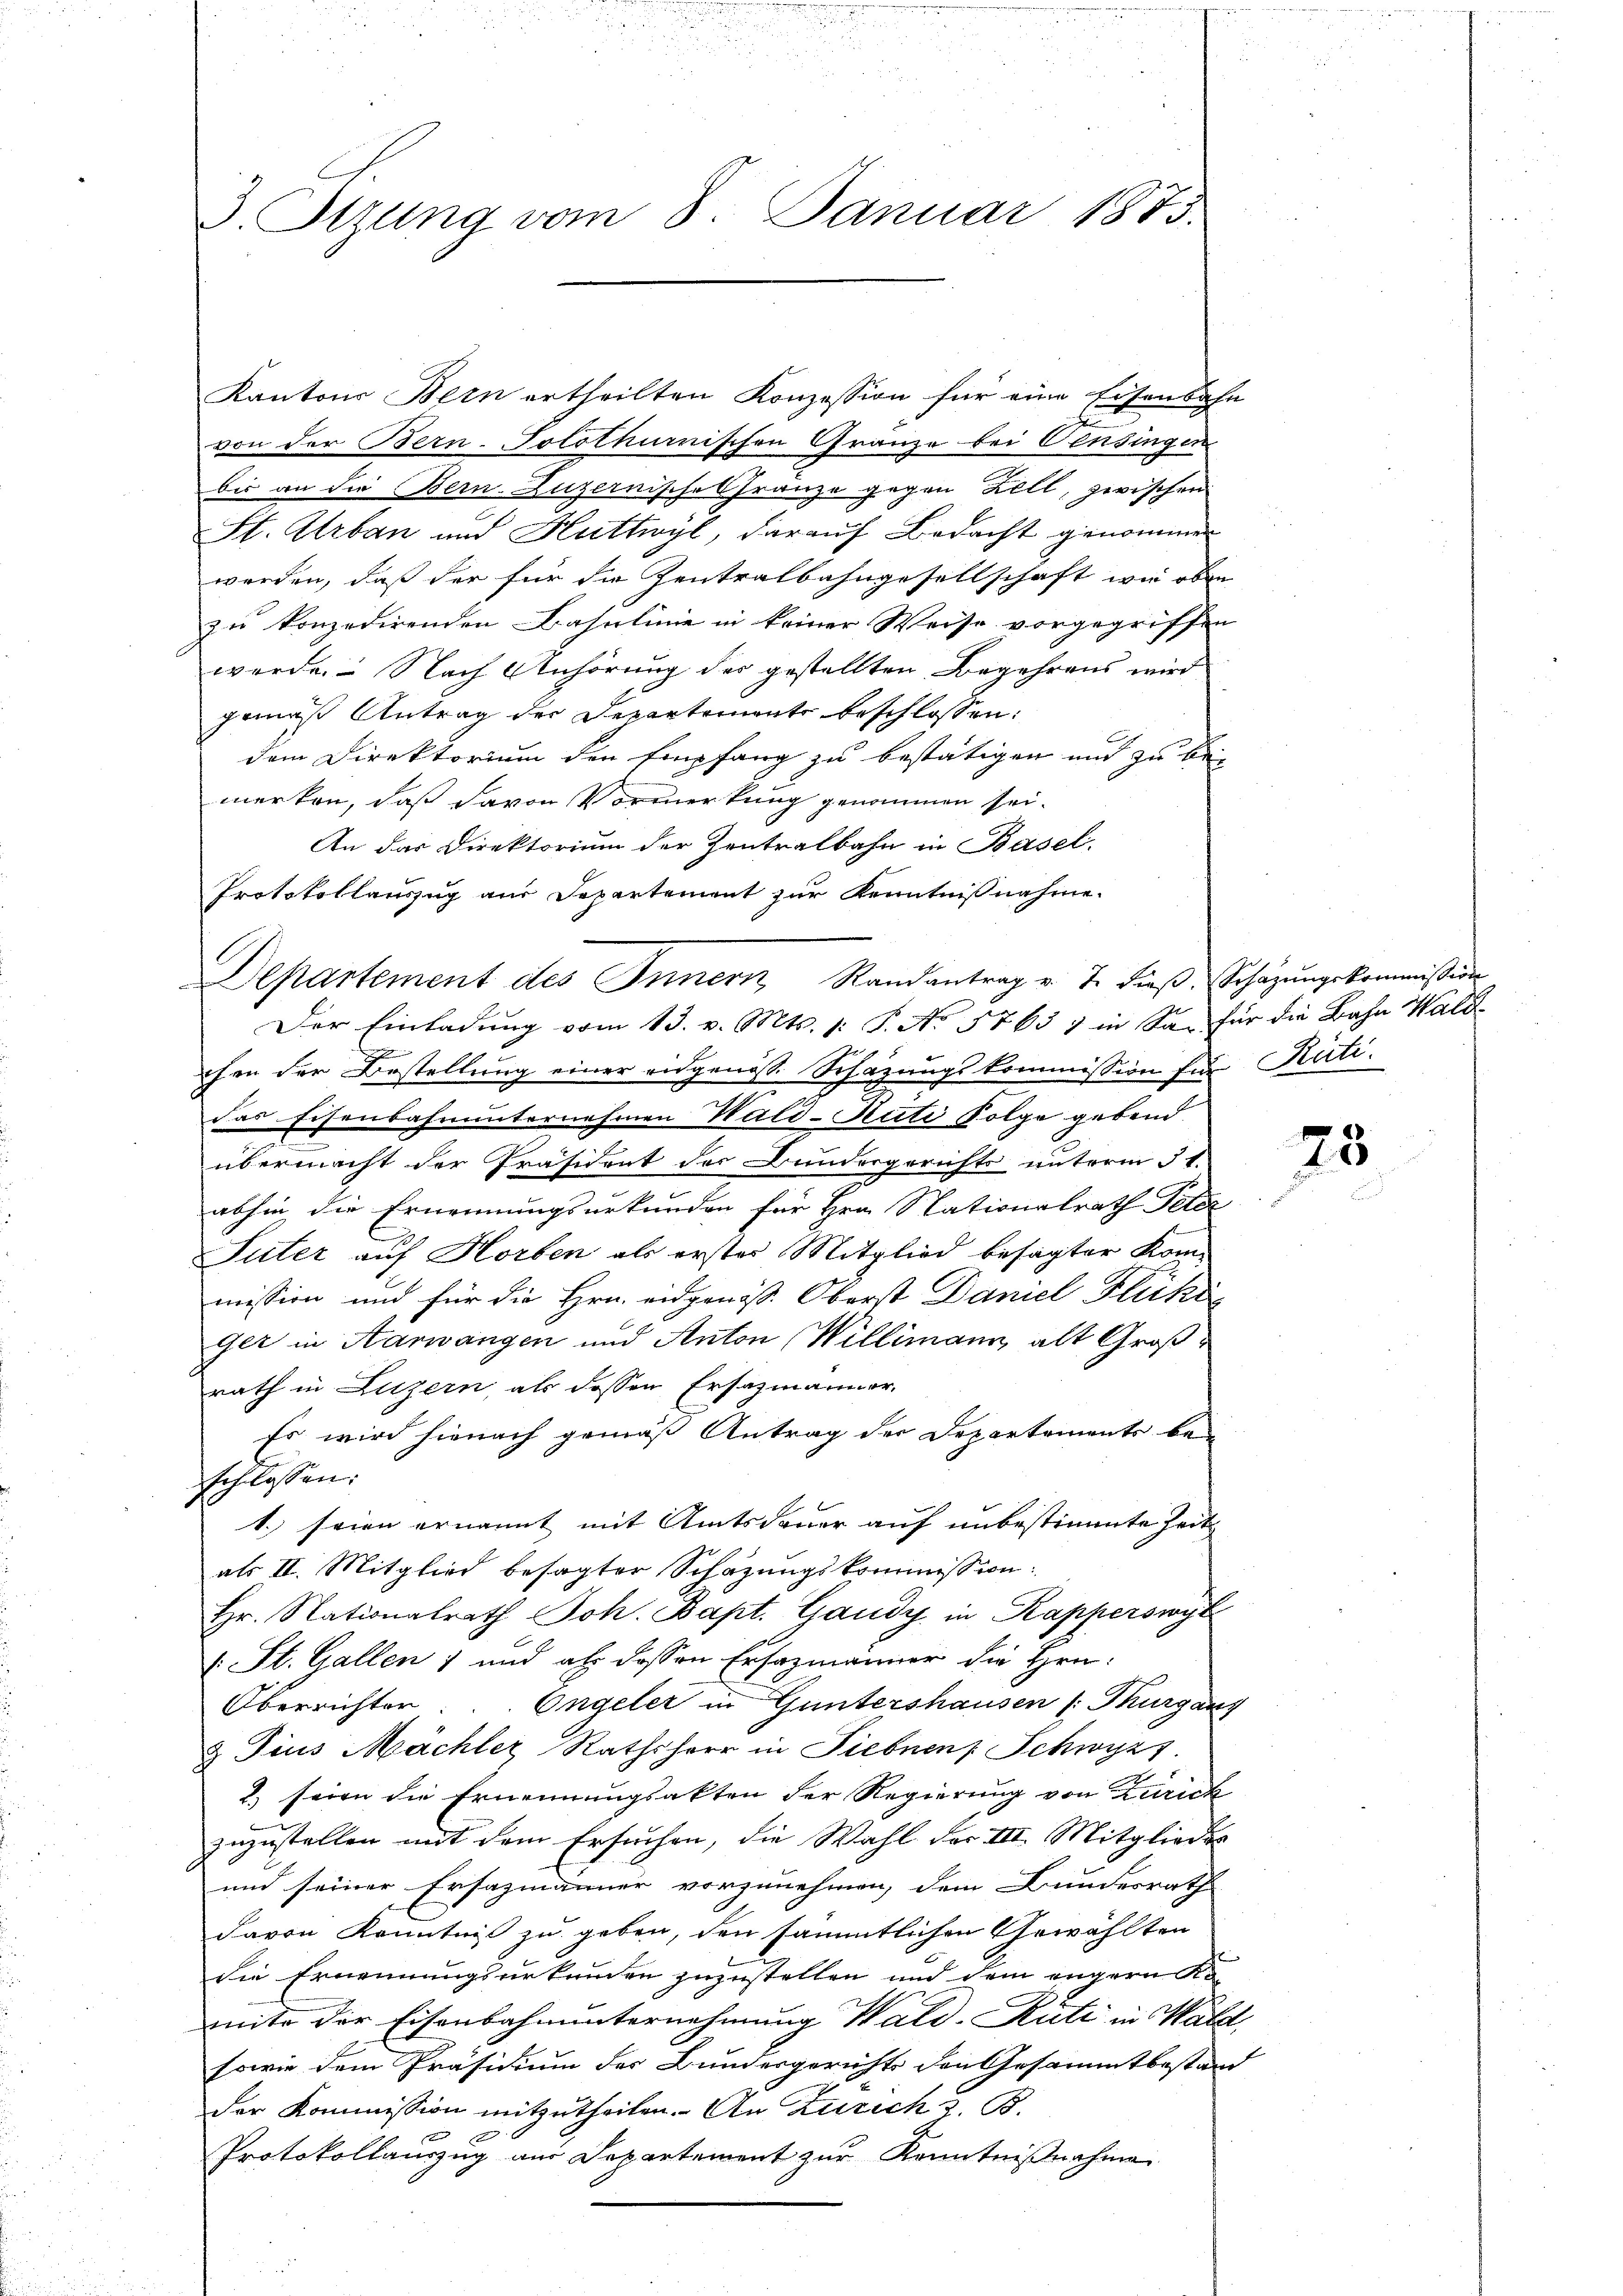
v. Szung vom 8. Januar 1873.

Kantons Bern ertheilten Konzession für eine Eisenbahn
von der Bern-Jolothurnischen Gränze bei Censingen
bis an die Bern. Luzernische Kranze gegen Zell, zwischen
St. Urban und Huttwyl, darauf Bedacht genommen
werden, daß der für die Zentralbahngesellschaft wie oben
zu konzedirenden Basulinie in keiner Weise vorgegriffen
werde. Nach Anhörung des gestellten Begehrens wird
gemäß Antrag der Departement beschlossen:
dem Direktorium den Empfang zu bestätigen und zu be-
merken, daß davon Vormerkung genommen sei.
An das Direktorium der Zentralbahn in Basel.
Protokollauszug aus Departement zur Kenntnisnahme.
Der Einladung vom 13. v. Mts. 1: P. Nr. 5763) in San für die Bahn Waldchen der Bestellung einer eidgenöss. Schazungskommission für Rütidas Eisenbahnunternehmen Wald-Puti Folge gebend
übermacht der Präsident des Bundergerichts unterm 5t.
abhin die Ernennungsurkunden für Hrn. Stationalrath Peter
Suter auf Horben als erster Mitglied besagter Kommission und für die Hrn. eidgenöß. Oberst Daniel Flückis
ger in Aarwangen und Anton Willimann, alt Großrath in Luzern, als dessen Ersatzmänner,
Es wird hienach gemäß Antrag der Departements beschlossen:
1. seien ernannt mit Amtsdauer auf unbestimmte Zeit
als II. Mitglied besagter Schazungskommission:
Hr. Nationalrath Joh. Bapt. Gaudy in Kapperswyl
(St. Gallen 1 und als dessen Ersazmänner die Hrn.
Oberrichten. Engeler in Guntershausen (: Thurgaus
& Pius Mächler Rathsherr in Siebnen Schwyzt.
2) seien die Ernennungsakten der Regierung von Zürich
zuzustellen mit dem Ersuchen, die Wahl der III. Mitgliedes
und seiner Ersazmänner vorzunehmen, dem Bundesrath
davon Kenntniß zu geben, den sämmtlichen Gewählten
die Ernennungsurkunden zuzustellen und dem engern Ko-
mite der Eisenbahnunternehmung Wald-Rüti in Wald,
sowie dem Präsidium der Bundesgerichts den Gesammtbestand
der Kommission mitzutheilen. An Zürich z. B.
Protokollauszug aus Departement zur Kenntnißnahme

Departement des Innern Randantrag v. J. dieβ, Schazungskommission

25